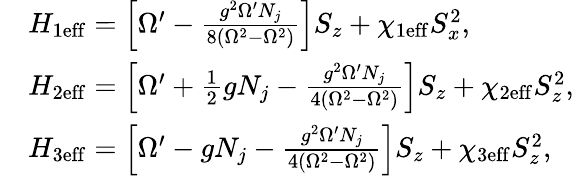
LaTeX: \begin{array}{rl}&{H_{\mathrm{1eff}}=\left[\Omega^{\prime}-\frac{g^{2}\Omega^{\prime}N_{j}}{8(\Omega^{2}-\Omega^{2})}\right]S_{z}+\chi_{\mathrm{1eff}}S_{x}^{2},}\\ &{H_{\mathrm{2eff}}=\left[\Omega^{\prime}+\frac{1}{2}gN_{j}-\frac{g^{2}\Omega^{\prime}N_{j}}{4(\Omega^{2}-\Omega^{2})}\right]S_{z}+\chi_{\mathrm{2eff}}S_{z}^{2},}\\ &{H_{\mathrm{3eff}}=\left[\Omega^{\prime}-gN_{j}-\frac{g^{2}\Omega^{\prime}N_{j}}{4(\Omega^{2}-\Omega^{2})}\right]S_{z}+\chi_{\mathrm{3eff}}S_{z}^{2},}\end{array}